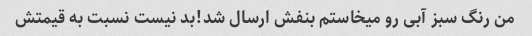
من رنگ سبز آبی رو میخاستم بنفش ارسال شد!بد نیست نسبت به قیمتش